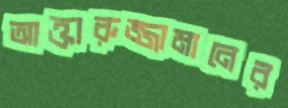
আক্তারুজ্জামানের